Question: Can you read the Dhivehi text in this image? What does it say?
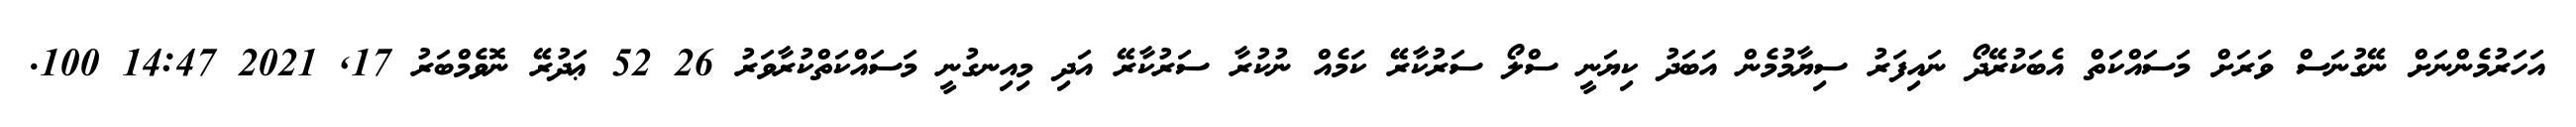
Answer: އަހަރުމެންނަށް ނޭގުނަސް ވަރަށް މަސައްކަތް އެބަކުރޭދޯ ނައިފަރު ސިޔާމުމެން އަބަދު ކިޔަނީ ސްލޯ ސަރުކާރޭ ކަމެއް ނުކުރާ ސަރުކާރޭ އަދި މިއިނގުނީ މަސައްކަތްކުރާވަރު 26 52 ޢަދުރޭ ނޮވެމްބަރު 17, 2021 14:47 100.